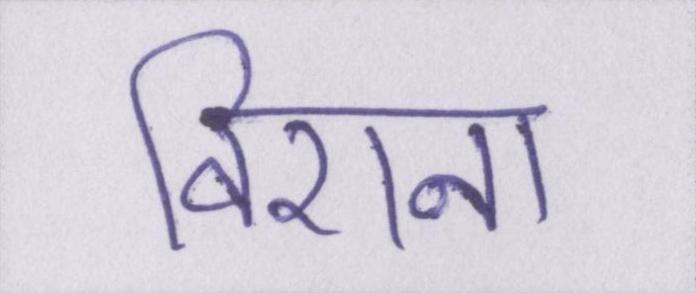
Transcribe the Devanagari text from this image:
विएना